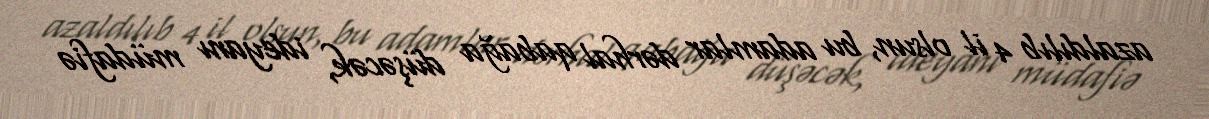
azaldılıb 4 il olsun, bu adamlar dərhal qabağa düşəcək, ideyanı müdafiə